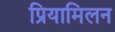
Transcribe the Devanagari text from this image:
प्रियामिलन